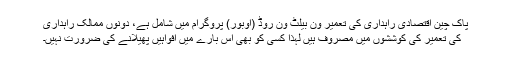
پاک چین اقتصادی راہداری کی تعمیر ون بیلٹ ون روڈ (اوبور) پروگرام میں شامل ہے، دونوں ممالک راہداری
کی تعمیر کی کوششوں میں مصروف ہیں لہذا کسی کو بھی اس بارے میں افواہیں پھیلانے کی ضرورت نہیں۔